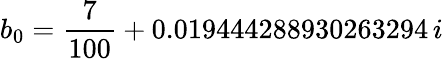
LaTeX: b_{0}=\frac{7}{100}+0.019444288930263294\, i